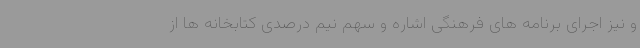
و نیز اجرای برنامه های فرهنگی اشاره و سهم نیم درصدی کتابخانه ها از